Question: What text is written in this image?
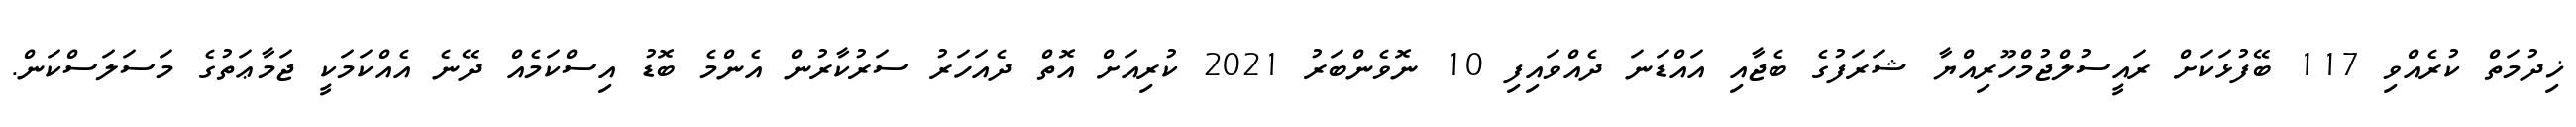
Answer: ޚިދުމަތް ކުރެއްވި 117 ބޭފުޅަކަށް ރައީސުލްޖުމްހޫރިއްޔާ ޝަރަފުގެ ބެޖާއި އައްޑަނަ ދެއްވައިފި 10 ނޮވެންބަރު 2021 ކުރިއަށް އޮތް ދެއަހަރު ސަރުކާރުން އެންމެ ބޮޑު އިސްކަމެއް ދޭނެ އެއްކަމަކީ ޖަމާޢަތުގެ މަސަލަސްކަން.